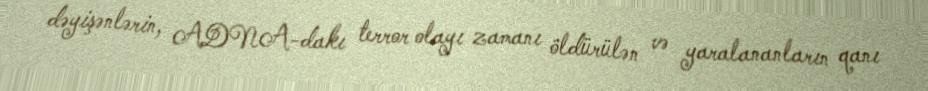
dəyişənlərin, ADNA-dakı terror olayı zamanı öldürülən və yaralananların qanı